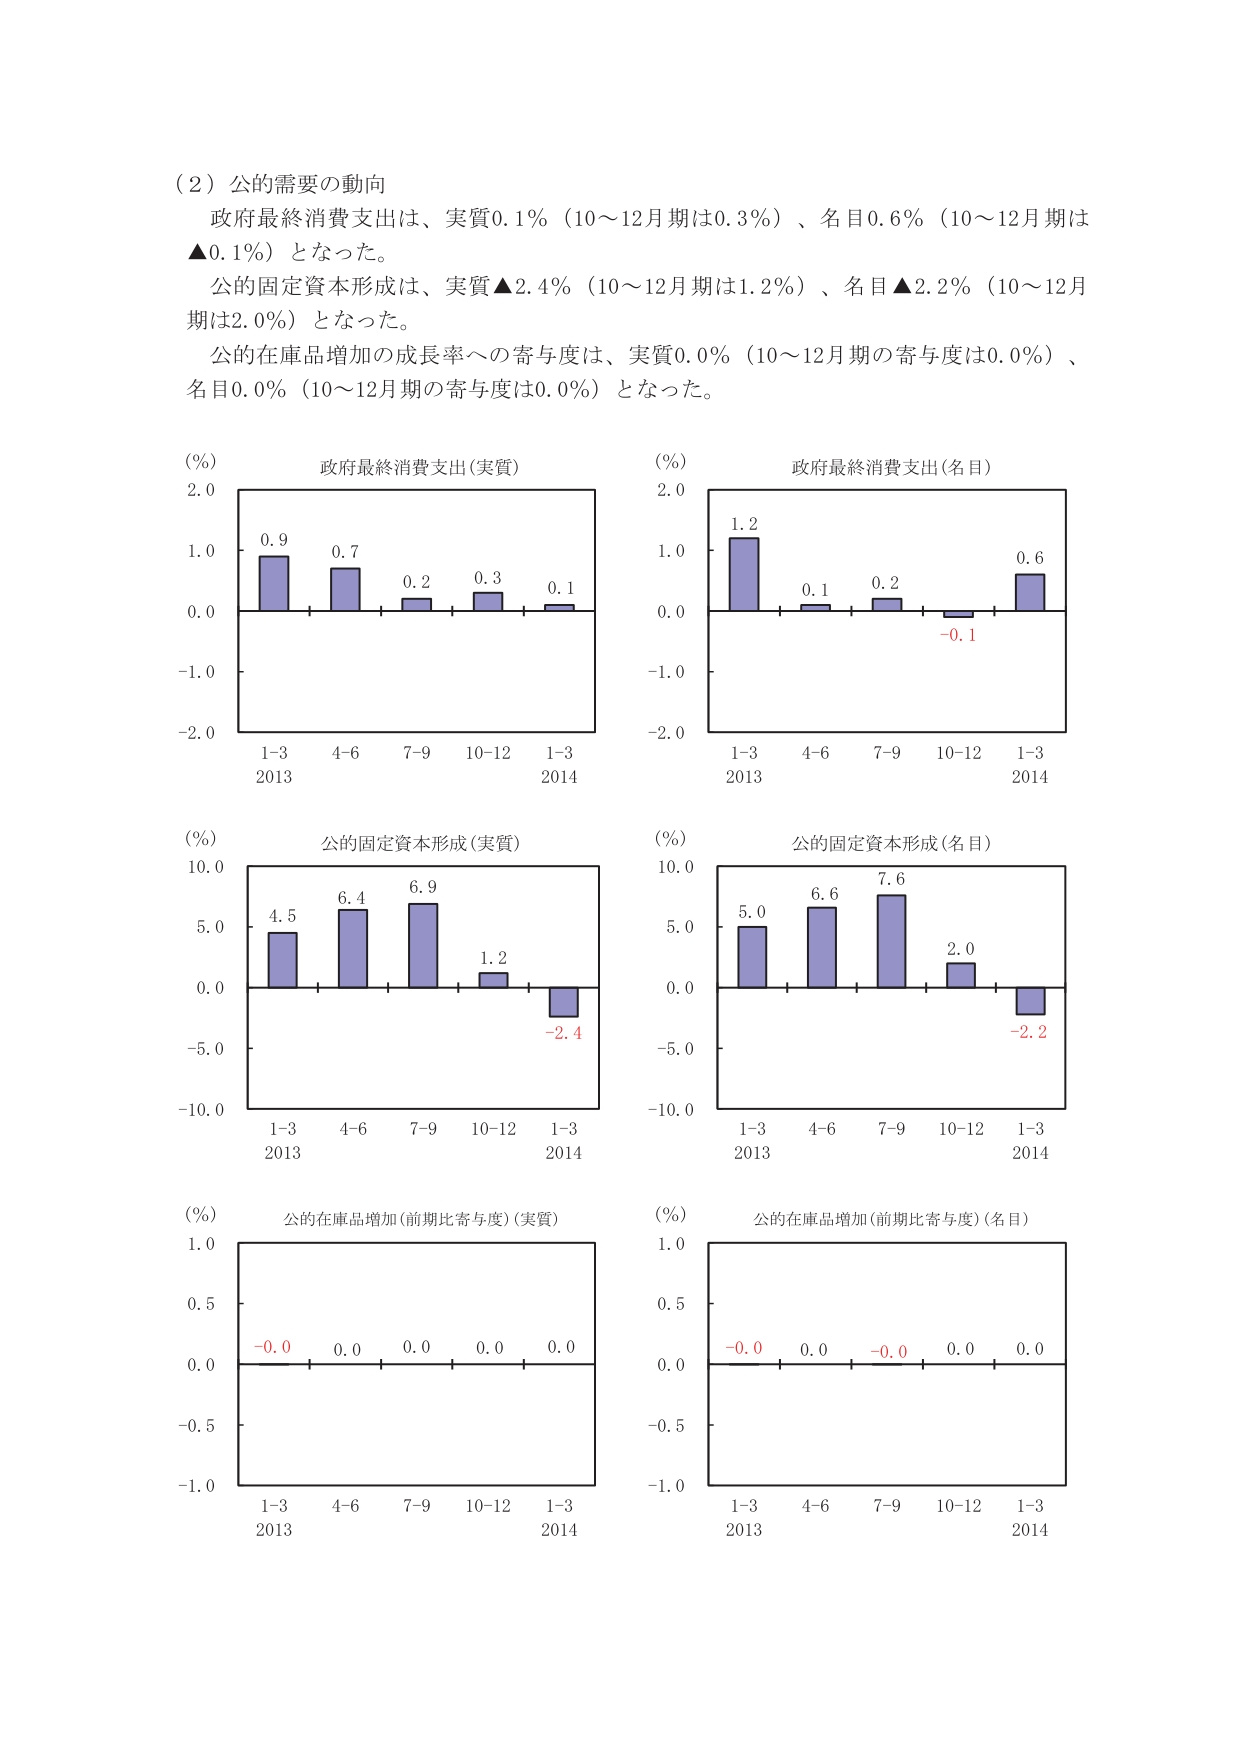
（２）公的需要の動向
政府最終消費支出は、実質0.1％（10～12月期は0.3％）、名目0.6％（10～12月期は▲0.1％）となった。
公的固定資本形成は、実質▲2.4％（10～12月期は1.2％）、名目▲2.2％（10～12月期は2.0％）となった。
公的在庫品増加の成長率への寄与度は、実質0.0％（10～12月期の寄与度は0.0％）、名目0.0％（10～12月期の寄与度は0.0％）となった。

（％）
政府最終消費支出（実質）
2.0
1.0
0.0
-1.0
-2.0
1-3 4-6 7-9 10-12 1-3
2013 2014
0.9 0.7 0.2 0.3 0.1

（％）
政府最終消費支出（名目）
2.0
1.0
0.0
-1.0
-2.0
1-3 4-6 7-9 10-12 1-3
2013 2014
1.2 0.1 0.2 -0.1 0.6

（％）
公的固定資本形成（実質）
10.0
5.0
0.0
-5.0
-10.0
1-3 4-6 7-9 10-12 1-3
2013 2014
4.5 6.4 6.9 1.2 -2.4

（％）
公的固定資本形成（名目）
10.0
5.0
0.0
-5.0
-10.0
1-3 4-6 7-9 10-12 1-3
2013 2014
5.0 6.6 7.6 2.0 -2.2

（％）
公的在庫品増加（前期比寄与度）（実質）
1.0
0.5
0.0
-0.5
-1.0
1-3 4-6 7-9 10-12 1-3
2013 2014
-0.0 0.0 0.0 0.0 0.0

（％）
公的在庫品増加（前期比寄与度）（名目）
1.0
0.5
0.0
-0.5
-1.0
1-3 4-6 7-9 10-12 1-3
2013 2014
-0.0 0.0 -0.0 0.0 0.0